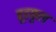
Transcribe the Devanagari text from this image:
वूडफुल